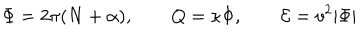
\Phi = 2 \pi ( N + \alpha ) , \qquad Q = \kappa \Phi , \qquad { \cal E } = v ^ { 2 } | \Phi |